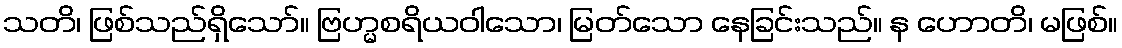
သတိ၊ ဖြစ်သည်ရှိသော်။ ဗြဟ္မစရိယဝါသော၊ မြတ်သော နေခြင်းသည်။ န ဟောတိ၊ မဖြစ်။